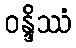
ဝန္ဒိဿံ